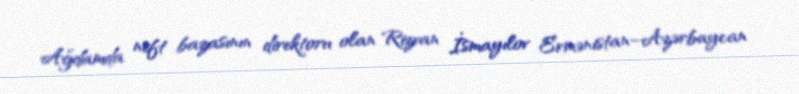
Ağdamda neft bazasının direktoru olan Rizvan İsmayılov Ermənistan–Azərbaycan